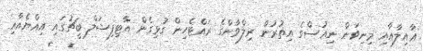
ޢާއިލާއާއި މިނިވަން ނިއުސްގެ އިތުރުން ރިލްވާންގެ ރައްޓެހިން ގުޅިގެން އާޓިފިޝަލް ބީޗުގައި އިއްޔެއާއި